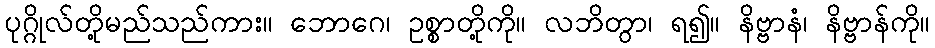
ပုဂ္ဂိုလ်တို့မည်သည်ကား။ ဘောဂေ၊ ဥစ္စာတို့ကို။ လဘိတွာ၊ ရ၍။ နိဗ္ဗာနံ၊ နိဗ္ဗာန်ကို။